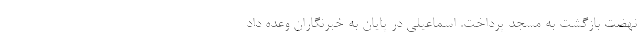
نهضت بازگشت به مسجد پرداخت. اسماعیلی در پایان به خبرنگاران وعده داد